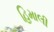
હિમાલી